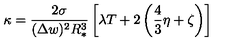
\kappa = \frac { 2 \sigma } { ( \Delta w ) ^ { 2 } R _ { * } ^ { 3 } } \left[ \lambda T + 2 \left( \frac { 4 } { 3 } \eta + \zeta \right) \right]